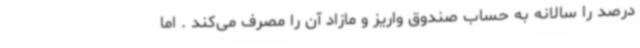
درصد را سالانه به حساب صندوق واریز و مازاد آن را مصرف می‌کند . اما